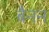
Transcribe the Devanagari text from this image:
बैनन